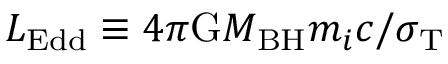
L _ { \mathrm { E d d } } \equiv 4 \pi \mathrm { G } M _ { \mathrm { B H } } m _ { i } c / \sigma _ { \mathrm { T } }